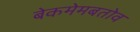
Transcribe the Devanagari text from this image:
बेकमेमबतोव